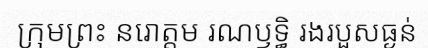
ក្រុមព្រះ នរោត្តម រណឫទ្ធិ រងរបួសធ្ងន់